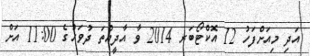
އަދި މިއަށްފަހު 12 އޮކްޓޯބަރ 2014 ވާ އާދީއްތަ ދުވަހުގެ 11:00 އަށް